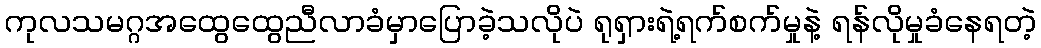
ကုလသမဂ္ဂအထွေထွေညီလာခံမှာပြောခဲ့သလိုပဲ ရုရှားရဲ့ရက်စက်မှုနဲ့ ရန်လိုမှုခံနေရတဲ့